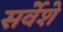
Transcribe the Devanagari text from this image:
सर्वेशे